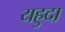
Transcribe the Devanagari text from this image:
यहुदा